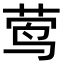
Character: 莺